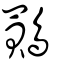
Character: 鷶